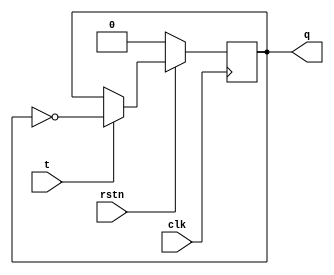
module tff (   input clk,
              input rstn,
              input t,
            output reg q);
 
  always @ (posedge clk) begin
    if (!rstn) 
      q <= 0;
    else
      if (t)
          q <= ~q;
      else
          q <= q;
  end
endmodule